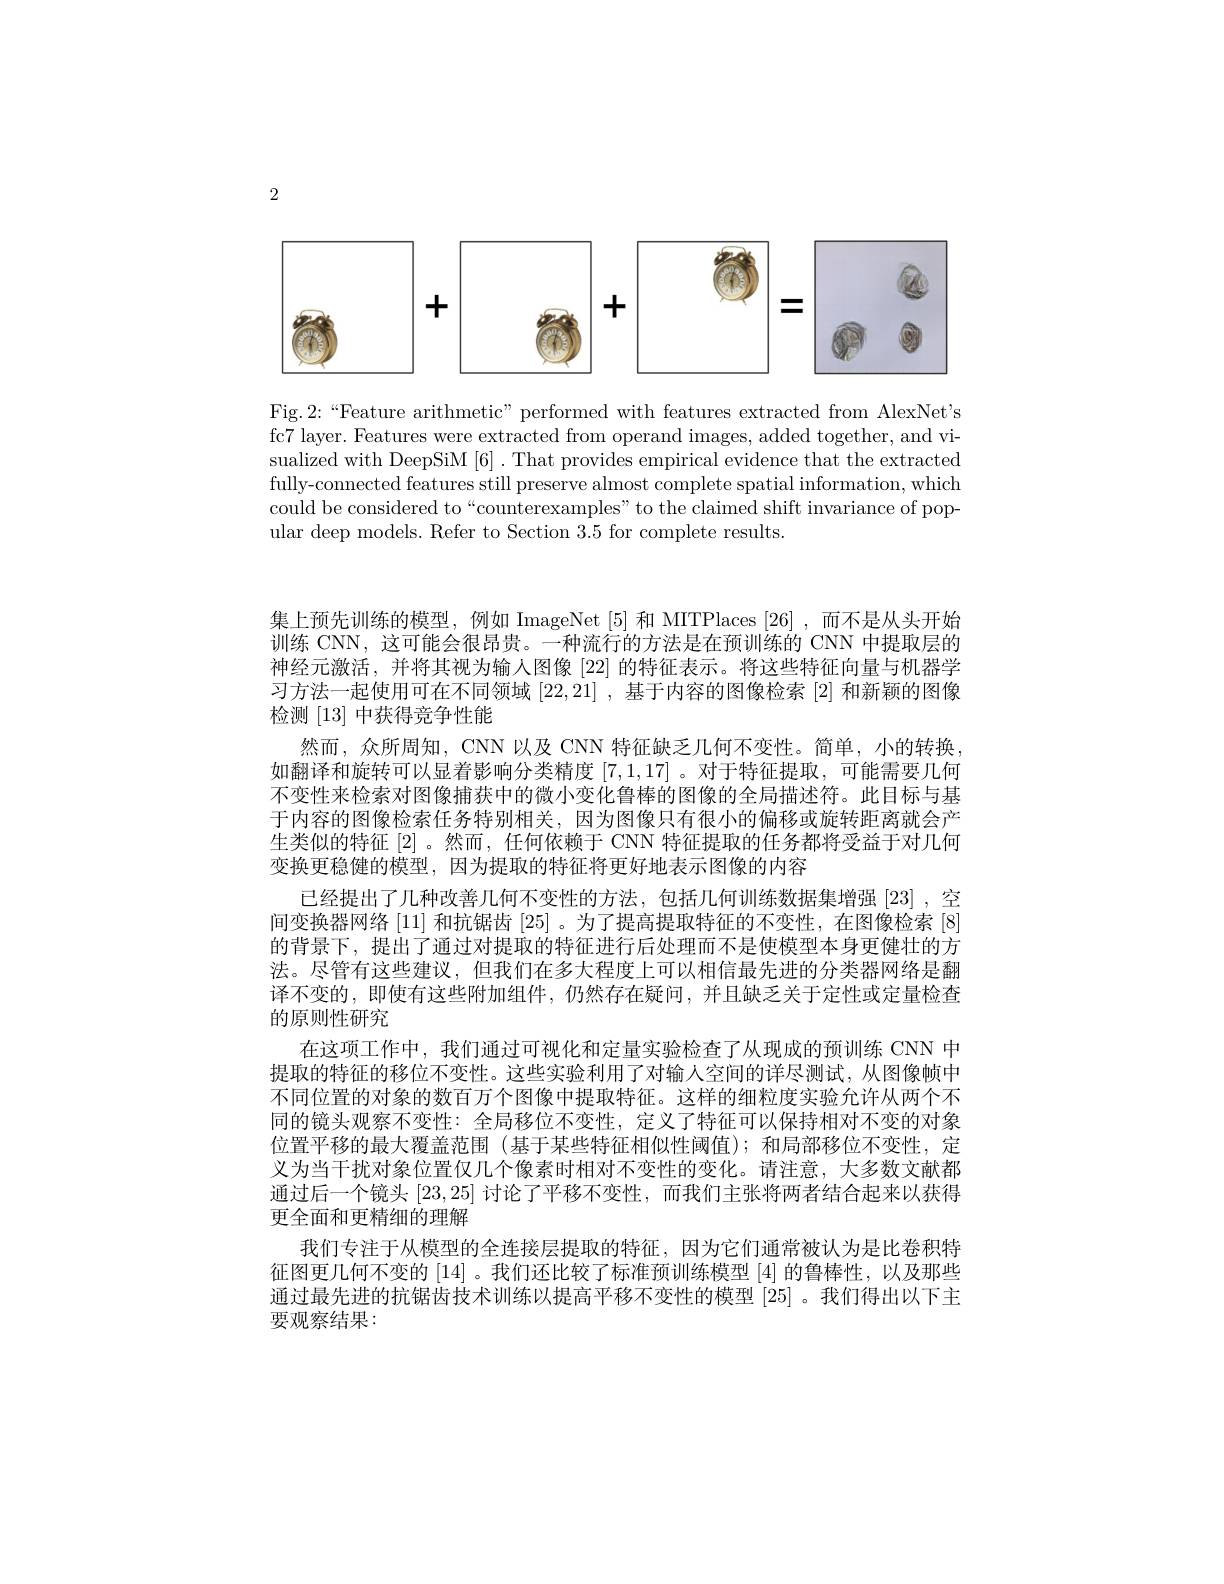
2

<FigureHere>

Fig.2:“Feature arithmetic” performed with features extracted from AlexNet's fc7 layer. Features were extracted from operand images, added together, and visualized with DeepSiM [6]. That provides empirical evidence that the extracted fully-connected features still preserve almost complete spatial information, which could be considered to“counterexamples”to the claimed shift invariance of popular deep models. Refer to Section 3.5 for complete results.

集上预先训练的模型，例如 ImageNet [5] 和 MITPlaces [26] ,而不是从头开始训练 CNN, 这可能会很昂贵。一种流行的方法是在预训练的 CNN 中提取层的神经元激活，并将其视为输人图像[22] 的特征表示。将这些特征向量与机器学习方法一起使用可在不同领域[22,21] ,基于内容的图像检索[2]和新颖的图像检测[13]中获得竞争性能
然而，众所周知，CNN 以及 CNN 特征缺乏几何不变性。简单，小的转换， 如翻译和旋转可以显着影响分类精度[7,1,17] 。对于特征提取，可能需要几何不变性来检索对图像捕获中的微小变化鲁棒的图像的全局描述符。此目标与基于内容的图像检索任务特别相关，因为图像只有很小的偏移或旋转距离就会产生类似的特征[2]。然而，任何依赖于 CNN 特征提取的任务都将受益于对几何变换更稳健的模型，因为提取的特征将更好地表示图像的内容
已经提出了几种改善几何不变性的方法，包括几何训练数据集增强[23],空间变换器网络[11]和抗锯齿[25] 。为了提高提取特征的不变性，在图像检索[8] 的背景下，提出了通过对提取的特征进行后处理而不是使模型本身更健壮的方法。尽管有这些建议，但我们在多大程度上可以相信最先进的分类器网络是翻译不变的，即使有这些附加组件，仍然存在疑问，并且缺乏关于定性或定量检查的原则性研究
在这项工作中，我们通过可视化和定量实验检查了从现成的预训练 CNN 中提取的特征的移位不变性。这些实验利用了对输人空间的详尽测试，从图像帧中不同位置的对象的数百万个图像中提取特征。这样的细粒度实验允许从两个不同的镜头观察不变性：全局移位不变性，定义了特征可以保持相对不变的对象位置平移的最大覆盖范围(基于某些特征相似性阈值);和局部移位不变性，定义为当干扰对象位置仅几个像素时相对不变性的变化。请注意，大多数文献都通过后一个镜头[23,25]讨论了平移不变性，而我们主张将两者结合起来以获得更全面和更精细的理解
我们专注于从模型的全连接层提取的特征，因为它们通常被认为是比卷积特征图更几何不变的 [14] 。我们还比较了标准预训练模型 [4] 的鲁棒性，以及那些通过最先进的抗锯齿技术训练以提高平移不变性的模型[25] 。我们得出以下主要观察结果：